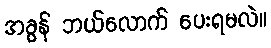
အခွန် ဘယ်လောက် ပေးရမလဲ။